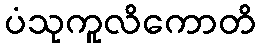
ပံသုကူလိကောတိ